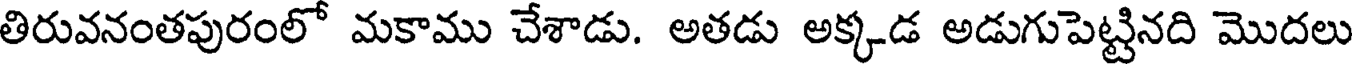
తిరువనంతపురంలో మకాము చేశాడు. అతడు అక్కడ అడుగుపెట్టినది మొదలు